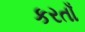
કરતાઁ